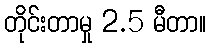
တိုင်းတာမှု 2.5 မီတာ။